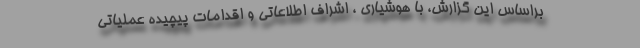
براساس این گزارش، با هوشیاری ، اشراف اطلاعاتی و اقدامات پیچیده عملیاتی